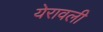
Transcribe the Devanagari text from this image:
येरावली